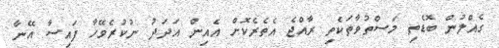
ގެއްލުން ބޮޑެތި މަސްތުވާތަކެތި ރާއްޖެ އެތެރެކޮށް އެއިން އަދަދު ނުކުރެވޭހާ ފައިސާ އޭނާ